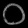
Digit: ၀